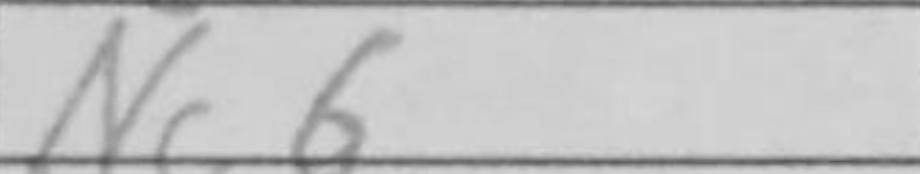
Transcription: Nc6